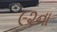
૯૨ના